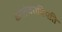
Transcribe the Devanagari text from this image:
कालंजराधिपति